Insane asylums Bombay 1873-77 - 1873-1877
Year: 1873
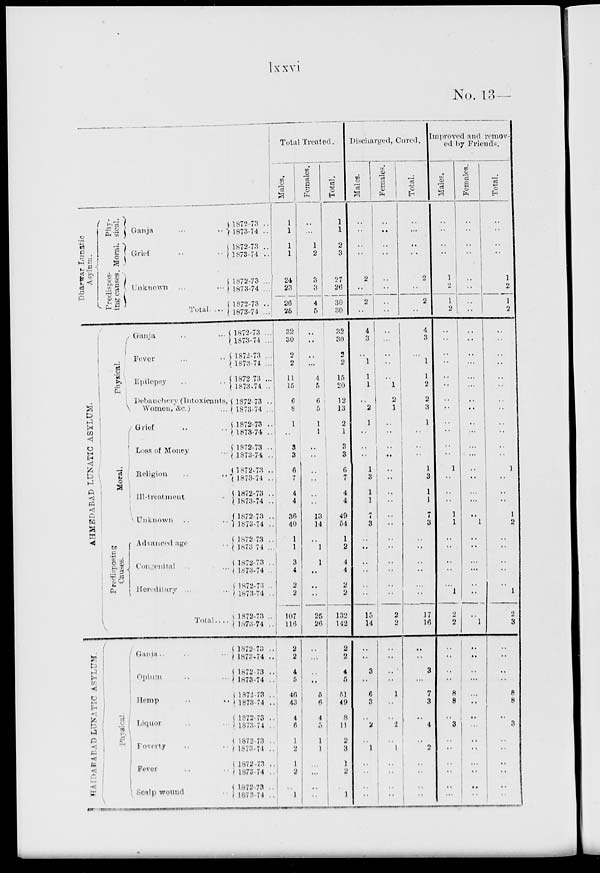
lxxvi
No. 13 —
Dharwar Lunatic
Asylum.
AHMEDABAD LUNATIC
ASYLUM.
HAIDRABAD
LUNATIC
ASYLUM.
Predispos-
Phy-
ing causes. Moral. sical.
Physical.
Moral.
Predisposing
Causes.
Ganja ... ..
Grief .. ..
Unknown ... ...
Total. ...
Ganja .. ...
Fever ... ..
Epilepsy .. ..
Debauchery (Intoxicants,
Women, &c.) ...
Grief .. ..
Loss of Money ...
Religion .. ..
Ill-treatment
Unknown .. ..
Advanced age ..
Convenital ...
Hereditary ... ...
Total .. ..
Physical.
Ganja .. ...
Opium .. ...
Hemp .. ..
Liquor .. ..
Foverty .. ..
Fever .. ..
Scalp wound ..
1872-73 ..
1873-74 ..
1872-73 ..
1873-74
1872-73 ....
1873-74 ...
1872-73 ..
1873-74 ...
1872-73 ...
1873-74
...
1872-73 ...
1873-74 ...
1872-73 ...
1873-74 ..
1872-73 ..
1873-74 ...
1872-73 ..
1873-74 ..
1872-73 ..
1873-74 ..
1872-73 ..
1873-74 ..
1872-73 ..
1873-74 ...
1872-73 ..
1873-74 ..
1872-73
..
1873-74 ...
1872-73 ..
1873-74 ..
1872-73
..
1873-74 ..
1872-73 ..
1873-74 ...
1872-73 ..
1873-74 ..
1872-73 ...
1873-74 ..
1872-73 ..
1873-74 ..
1872-73 ..
1873-74 ..
1872-73 ..
1873-74 ..
1872-73 ..
1873-74
1872-73 ..
1873-74 ..
Total Treated.
Males.
1
1
1
1
24
23
26
25
32
30
2
2
11
15
6
8
1
..
3
3
6
7
4
4
36
40
1
1
3
4
2
2
107
116
2
2
4
5
46
43
4
6
1
2
1
2
..
1
Females.
..
...
1
2
3
3
4
5
..
..
..
...
4
5
6
5
1
1
..
..
..
..
..
..
13
14
..
1
1
..
..
..
25
20
..
..
..
..
5
6
4
5
1
1
..
..
..
..
Total.
1
1
2
3
27
26
30
30
32
30
2
2
15
20
12
13
2
1
3
3
6
7
4
4
49
54
1
2
4
4
2
2
132
142
2
2
4
5
51
49
8
11
2
3
1
2
..
1
Discharged, Cured.
Males.
..
..
..
..
2
..
2
..
4
3
..
1
1
1
..
2
1
..
..
..
1
3
1
1
7
3
..
..
..
..
..
..
15
14
..
..
3
..
6
3
..
2
..
1
.. ..
..
..
Females.
..
..
..
..
..
..
..
..
..
...
..
..
..
1
2
1
..
..
..
..
..
..
..
..
..
..
..
..
..
..
..
..
2
2
..
..
..
..
1
..
..
2
..
1
..
..
..
..
Total.
..
...
..
..
2
..
2
..
4
3
..
1
1
2
2
3
1
..
..
..
1
3
1
1
7
3
..
..
..
..
...
..
17
16
..
..
3
...
7
3
..
4
..
2
..
..
..
..
Improved and remov-
ed by Friends.
Males.
..
..
..
..
1
2
1
2
..
..
..
..
..
..
..
..
..
..
..
..
1
..
..
..
1
1
..
..
..
..
..
1
2
2
..
..
..
..
8
8
..
3
..
..
..
..
..
..
Females.
..
..
..
..
..
..
..
..
..
..
..
..
...
...
..
..
..
...
..
...
..
..
..
...
..
1
..
..
..
...
..
..
..
1
..
..
..
...
...
..
..
..
..
..
..
..
..
..
Total.
..
..
..
..
1
2
1
2
..
..
..
..
..
..
..
..
..
..
..
..
1
..
..
..
1
2
..
..
..
..
..
1
2
3
..
..
..
..
8
8
..
3
..
..
..
..
..
..